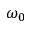
\omega _ { 0 }